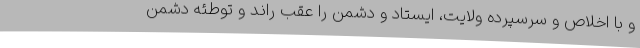
و با اخلاص و سرسپرده ولایت، ایستاد و دشمن را عقب راند و توطئه دشمن